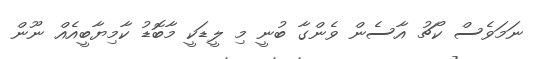
ނަމަވެސް ކޯޗު އާސެން ވެންގާ ބުނީ މި ލީޑަކީ މާބޮޑު ކާމިޔާބީއެއް ނޫން